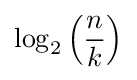
\log _{2}\left({\frac {n}{k}}\right)